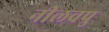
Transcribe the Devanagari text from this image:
नीलवपु